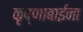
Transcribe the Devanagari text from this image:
कृष्णाबाईंना